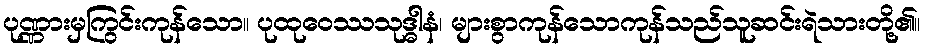
ပုဏ္ဏားမှကြွင်းကုန်သော။ ပုထုဝေဿသုဒ္ဓါနံ၊ များစွာကုန်သောကုန်သည်သူဆင်းရဲသားတို့၏။